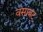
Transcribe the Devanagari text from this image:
वसाबट